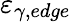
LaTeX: \varepsilon_{\gamma,edge}